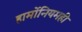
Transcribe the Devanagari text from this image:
हार्मोनियमही